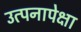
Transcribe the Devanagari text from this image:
उत्पनापेक्षा